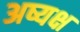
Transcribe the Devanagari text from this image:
अष्यक्ष